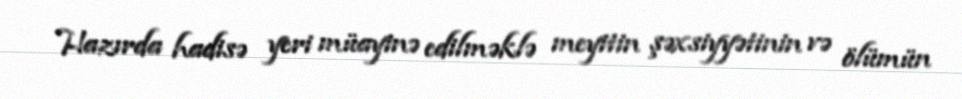
Hazırda hadisə yeri müayinə edilməklə meyitin şəxsiyyətinin və ölümün